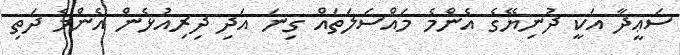
ސަޢީދާ އަކީ ދުނިޔޭގެ އެންމެ މައްސަލަތައް ގިނަ އަދި ދިރިއުޅެން އެންމެ ދަތި